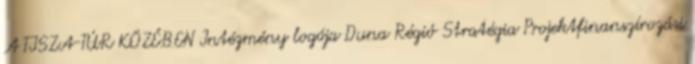
A TISZA-TÚR KÖZÉBEN Intézmény logója Duna Régió Stratégia Projektfinanszírozási